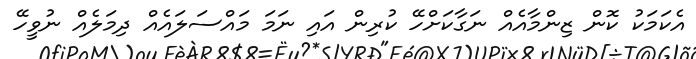
އެކަމަކު ކޮން ޒިންމާއެއް ނަގާކަށްހޭ ކުރިން އައި ނަމަ މައްސަލައެއް ދިމަލެއް ނުވީހޭ